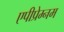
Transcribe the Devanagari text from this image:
एपीप्रेम्नम